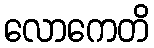
လောကေတိ